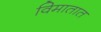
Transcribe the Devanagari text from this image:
विमातात